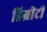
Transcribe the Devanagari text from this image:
डिग्रीटी